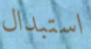
استبدال